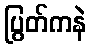
ပြွတ်ကနဲ